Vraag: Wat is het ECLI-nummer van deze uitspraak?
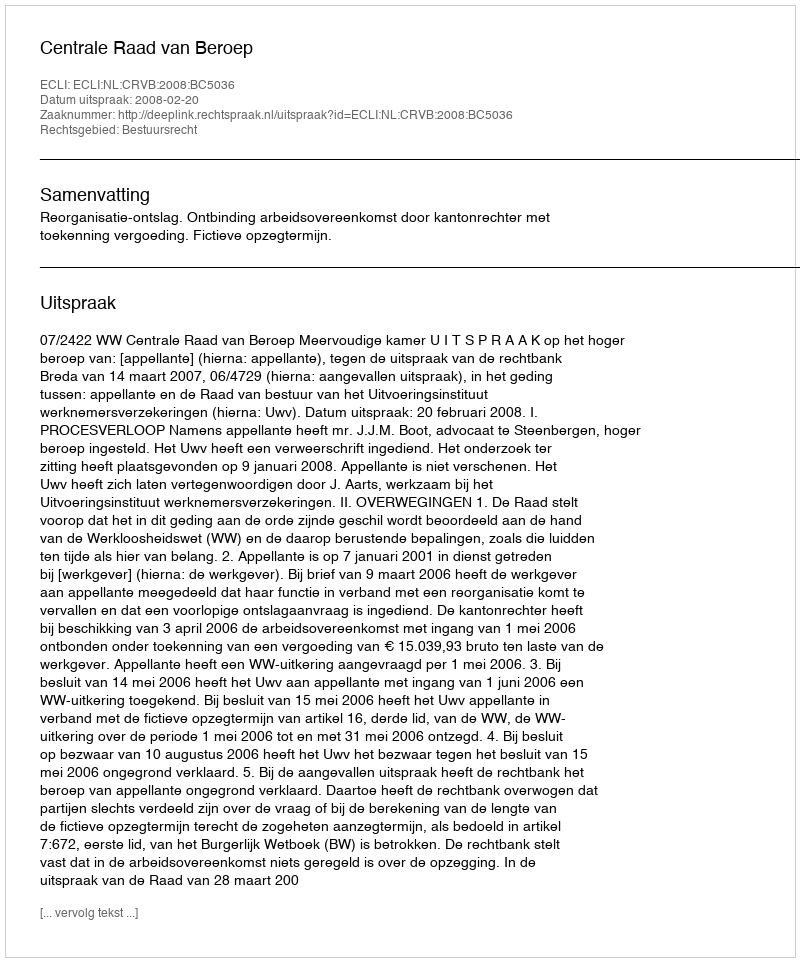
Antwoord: ECLI:NL:CRVB:2008:BC5036